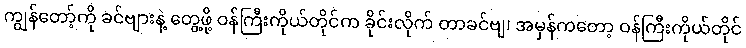
ကျွန်တော့်ကို ခင်ဗျားနဲ့ တွေ့ဖို့ ဝန်ကြီးကိုယ်တိုင်က ခိုင်းလိုက် တာခင်ဗျ၊ အမှန်ကတော့ ဝန်ကြီးကိုယ်တိုင်